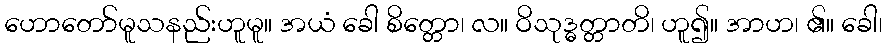
ဟောတော်မူသနည်းဟူမူ။ အယံ ခေါ စိတ္တော၊ လ။ ဝိသုဒ္ဓတ္တာတိ၊ ဟူ၍။ အာဟ၊ ၏။ ခေါ၊